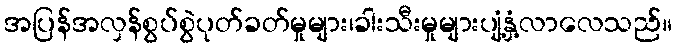
အပြန်အလှန်စွပ်စွဲပုတ်ခတ်မှုများ၊ခါးသီးမှုများပျံ့နှံ့လာလေသည်။